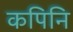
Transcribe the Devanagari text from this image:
कपिनि